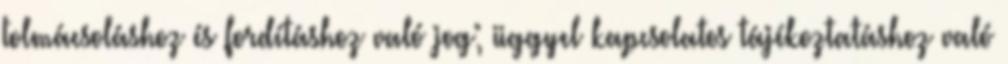
tolmácsoláshoz és fordításhoz való jog; üggyel kapcsolatos tájékoztatáshoz való